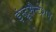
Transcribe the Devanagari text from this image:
इंस्ट्रूमैन्टेशन